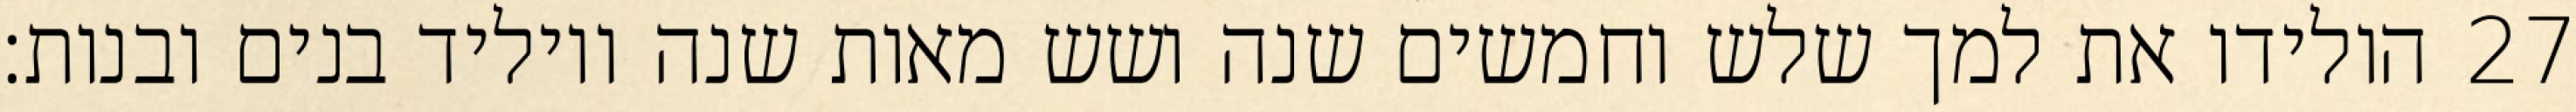
הולידו את למך שלש וחמשים שנה ושש מאות שנה ויוליד בנים ובנות׃ ‎27‏